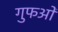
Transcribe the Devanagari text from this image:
गुफओं